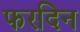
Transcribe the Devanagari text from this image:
फरदिन